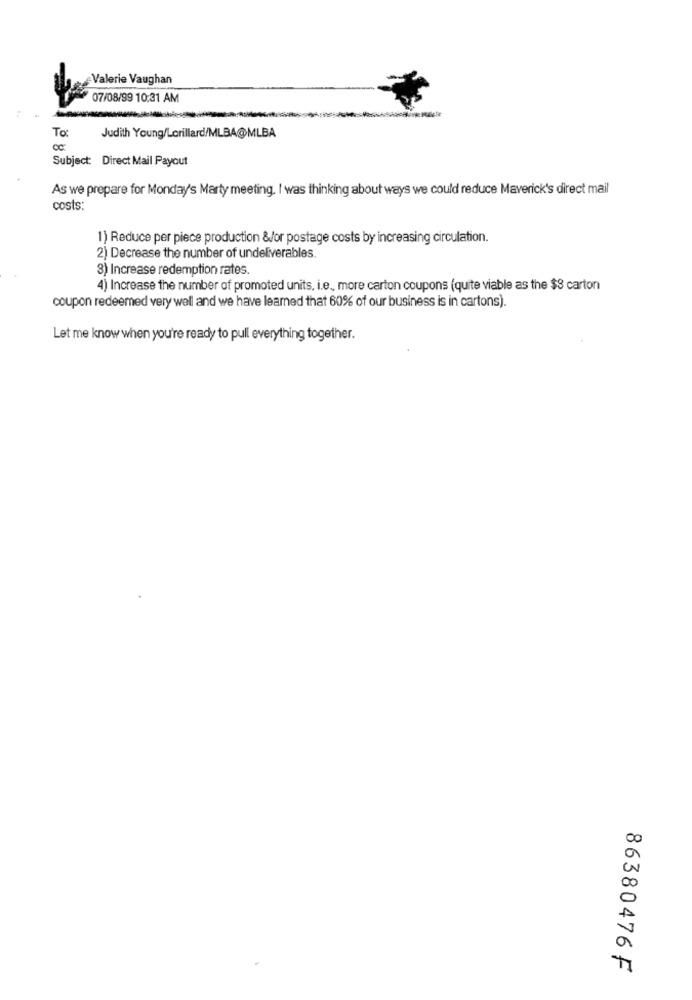
Valerie Vaughan
07/08/99 10:31 AM
To:
Judith Young/Lorillard/MLBA@MLBA
Subject: Direct Mail Payout
As we prepare for Monday's Marty meeting. I was thinking about ways we could reduce Maverick's direct mail
costs:
1) Reduce per piece production &/or postage costs by increasing circulation.
2) Decrease the number of undeliverables.
3) Increase redemption rates.
4) Increase the number of promoted units, i.e ., more carton coupons (quite viable as the $3 carton
coupon redeemed very well and we have learned that 60% of our business is in cartons).
Let me know when you're ready to pull everything together.
86380476 F